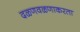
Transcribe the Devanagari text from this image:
दळणवळणाकरता